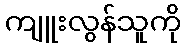
ကျူးလွန်သူကို